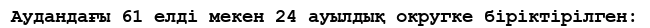
Аудандағы 61 елді мекен 24 ауылдық округке біріктірілген: